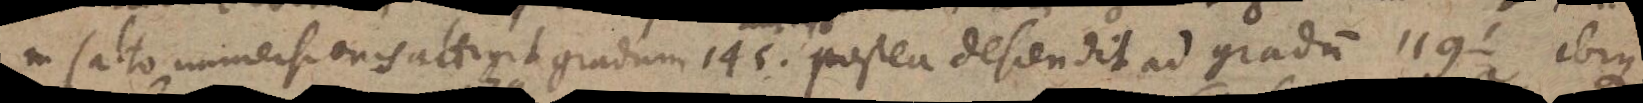
in saltu immersionis attigit gradum 145. postea descendit ad gradum 119½ ibique